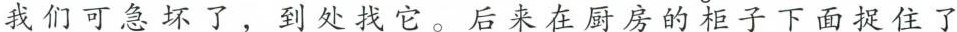
我们可急坏了，到处找它。后来在厨房的柜子下面捉住了